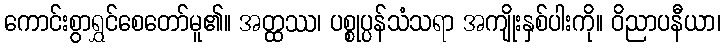
ကောင်းစွာရွှင်စေတော်မူ၏။ အတ္ထဿ၊ ပစ္စုပ္ပန်သံသရာ အကျိုးနှစ်ပါးကို။ ဝိညာပနီယာ၊